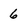
Character: 6